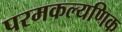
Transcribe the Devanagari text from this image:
परमकल्यणिक